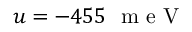
u = - 4 5 5 ~ \mathrm { ~ m ~ e ~ V ~ }